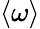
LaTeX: \langle\omega\rangle